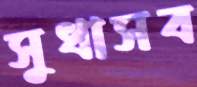
সুধাসব